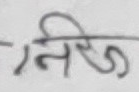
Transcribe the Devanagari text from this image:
निजि